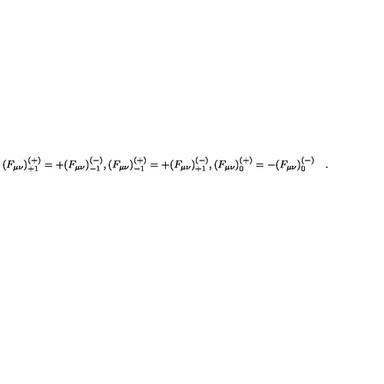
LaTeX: ( F _ { \mu \nu } ) _ { + 1 } ^ { ( + ) } = + ( F _ { \mu \nu } ) _ { - 1 } ^ { ( - ) } , ( F _ { \mu \nu } ) _ { - 1 } ^ { ( + ) } = + ( F _ { \mu \nu } ) _ { + 1 } ^ { ( - ) } , ( F _ { \mu \nu } ) _ { 0 } ^ { ( + ) } = - ( F _ { \mu \nu } ) _ { 0 } ^ { ( - ) } \quad .